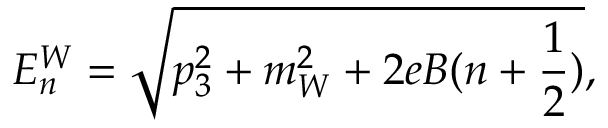
E _ { n } ^ { W } = \sqrt { p _ { 3 } ^ { 2 } + m _ { W } ^ { 2 } + 2 e B ( n + \frac { 1 } { 2 } ) } ,